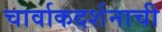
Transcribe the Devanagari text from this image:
चार्वाकदर्शनाची